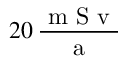
2 0 \, \frac { \mathrm { ~ m ~ S ~ v ~ } } { \mathrm { ~ a ~ } }